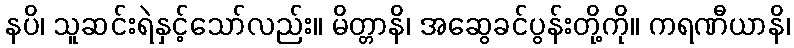
နပိ၊ သူဆင်းရဲနှင့်သော်လည်း။ မိတ္တာနိ၊ အဆွေခင်ပွန်းတို့ကို။ ကရဏီယာနိ၊